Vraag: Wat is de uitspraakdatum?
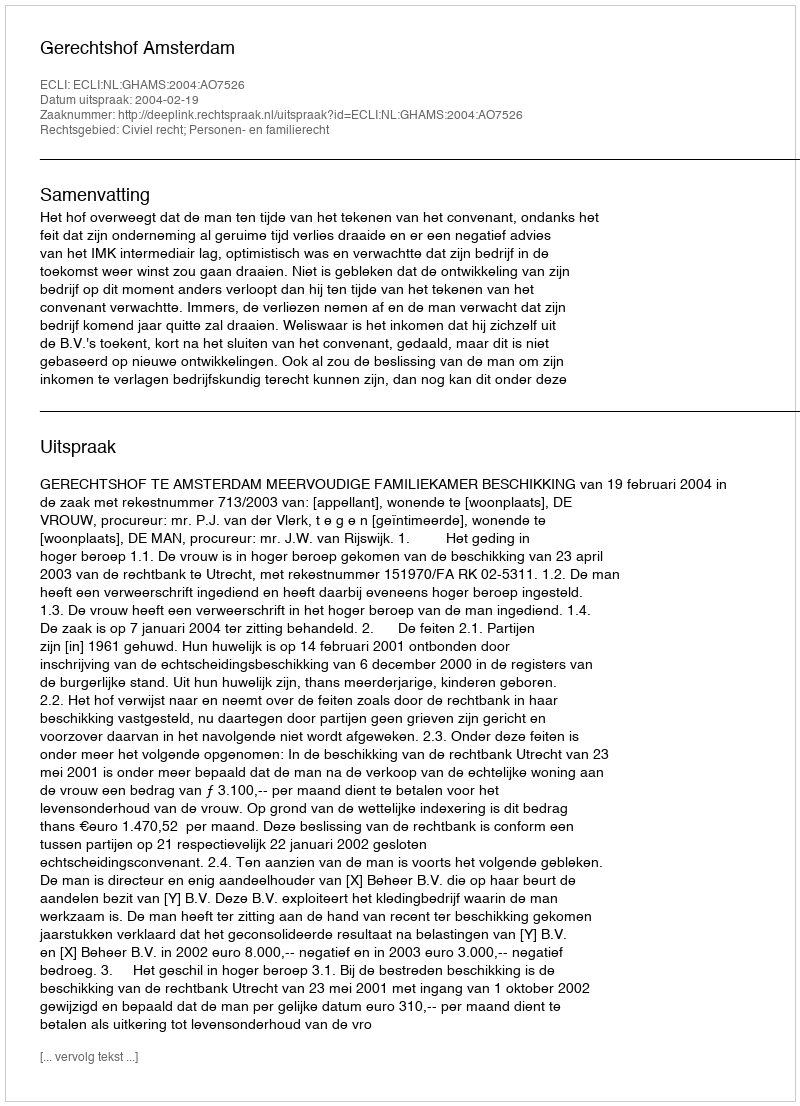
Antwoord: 2004-02-19